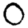
Digit: 0